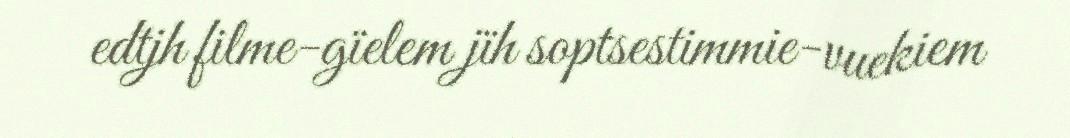
edtjh filme-gïelem jïh soptsestimmie-vuekiem